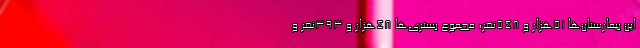
این بیمارستان‌ها ۵۱هزار و ۵۴۸نفر، مجموع بستری‌ها ۴۸هزار و ۳۹۳نفر و